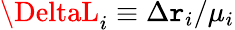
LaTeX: \DeltaL_{i}\equiv\Delta\mathtt{r}_{i}/\mu_{i}